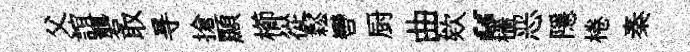
父誼礱取㝵搶顯櫛從鬆轡厨曲欸“穡恶隱棬秦